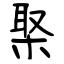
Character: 棸